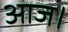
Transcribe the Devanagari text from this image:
आज।